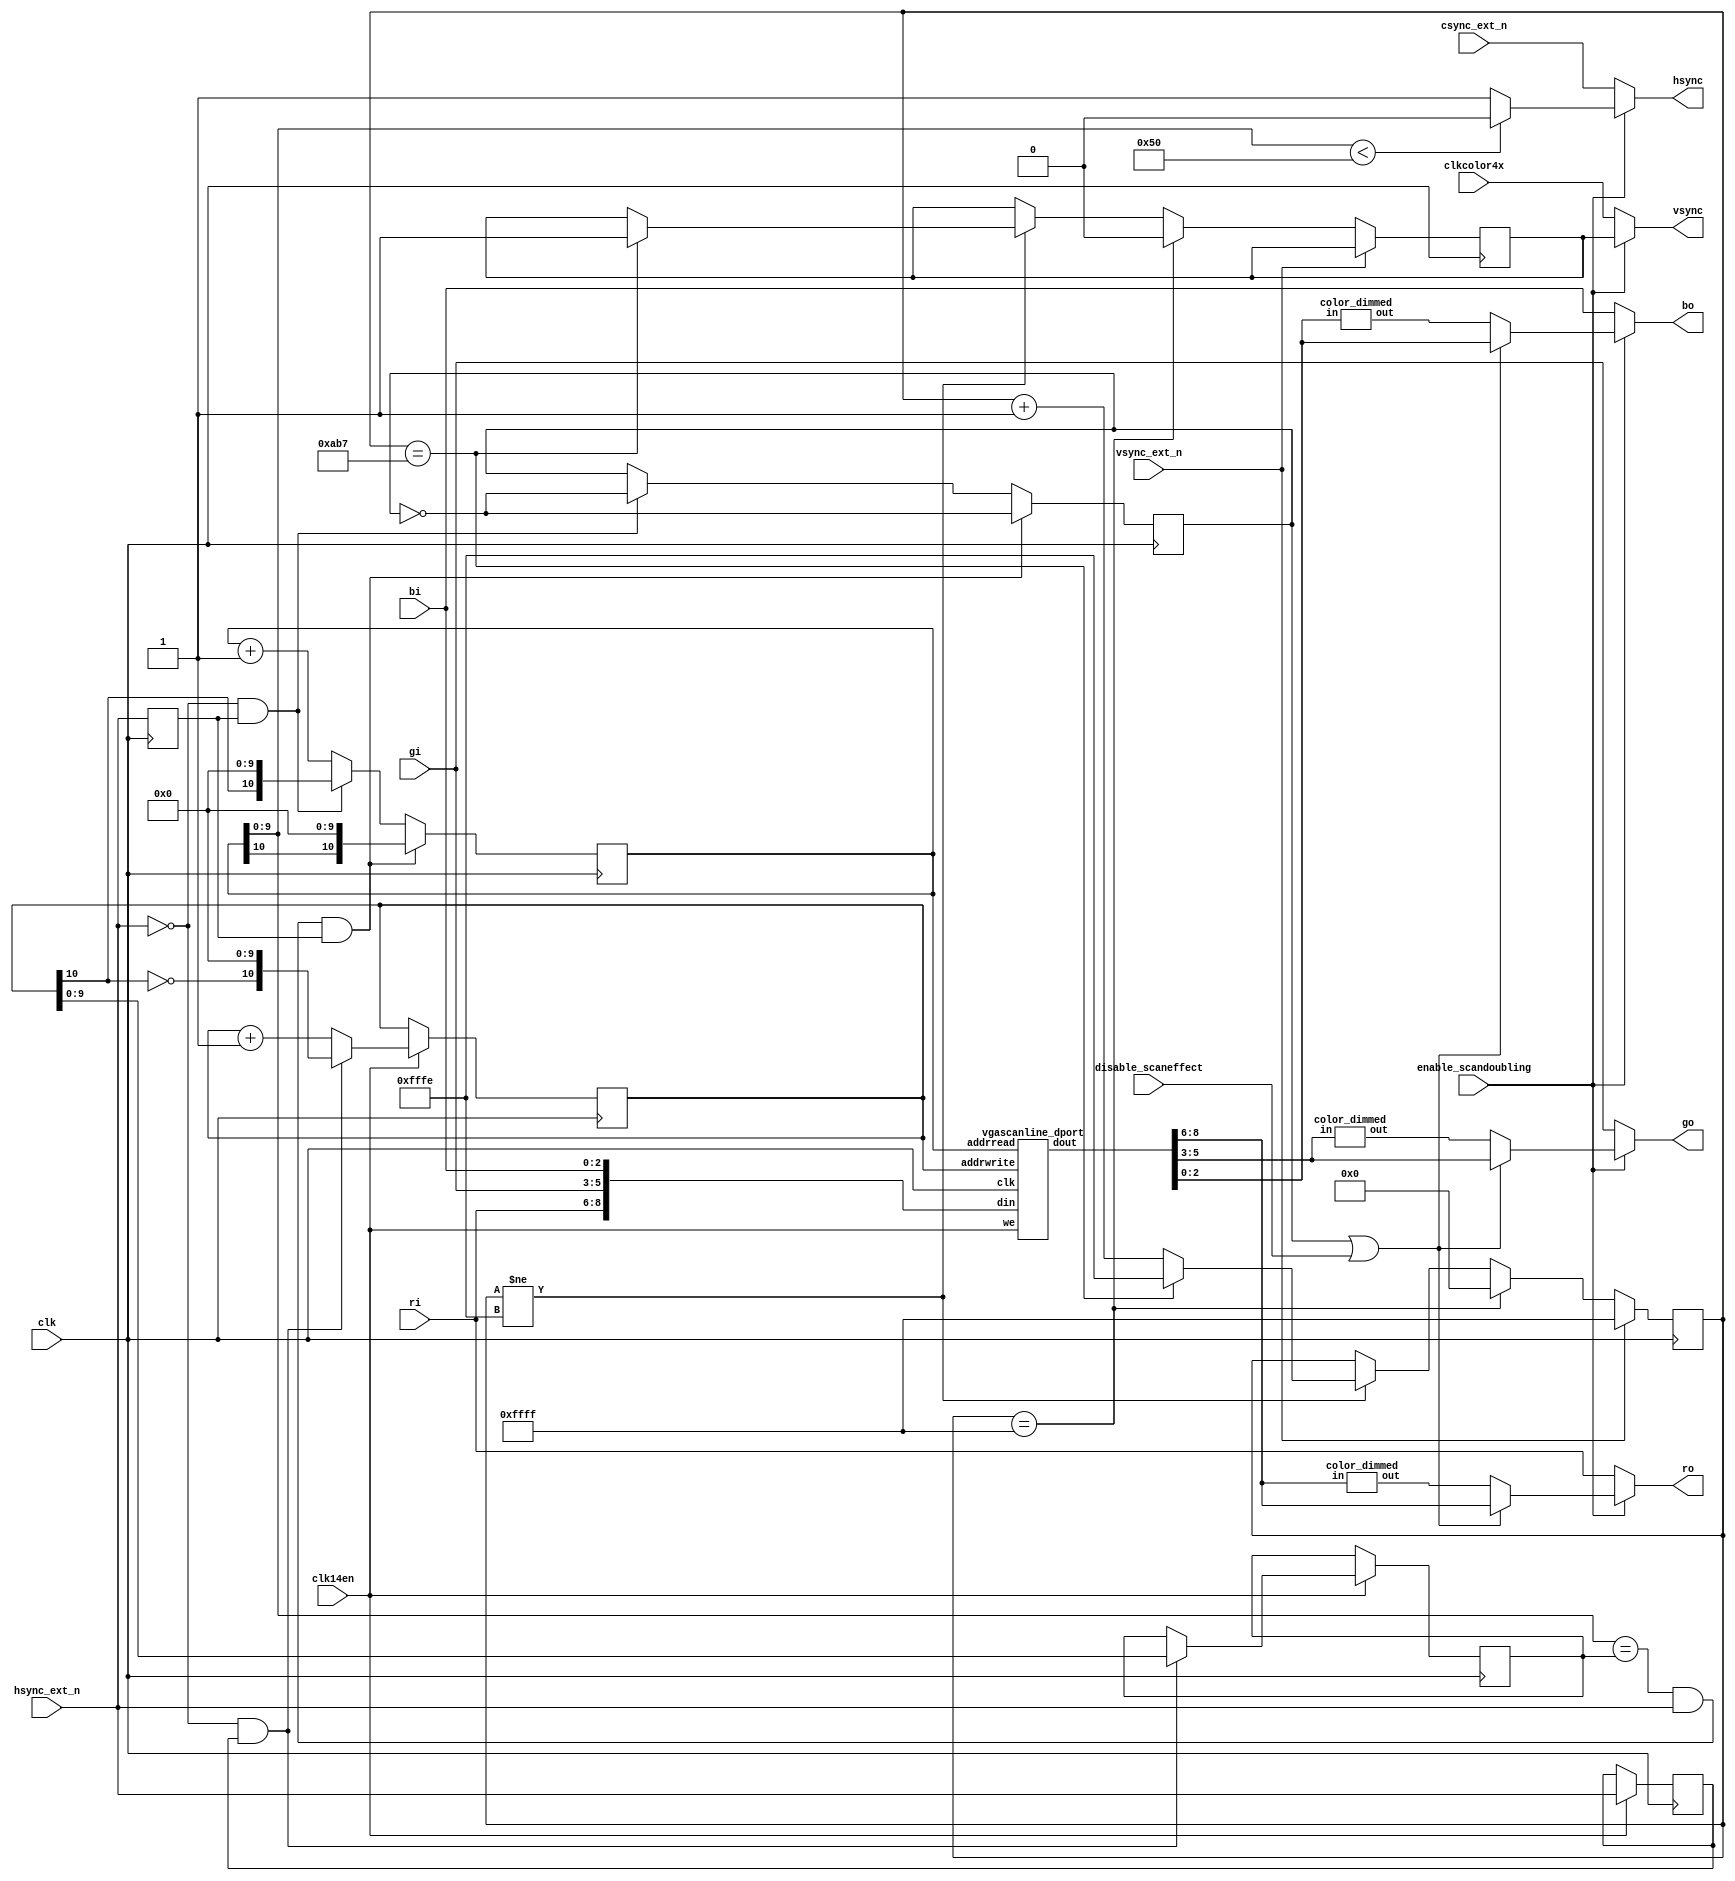
`timescale 1ns / 1ps
`default_nettype none

//    This file is part of the ZXUNO Spectrum core. 
//    Creation date is 17:57:54 2015-09-11 by Miguel Angel Rodriguez Jodar
//    (c)2014-2020 ZXUNO association.
//    ZXUNO official repository: http://svn.zxuno.com/svn/zxuno
//    Username: guest   Password: zxuno
//    Github repository for this core: https://github.com/mcleod-ideafix/zxuno_spectrum_core
//
//    ZXUNO Spectrum core is free software: you can redistribute it and/or modify
//    it under the terms of the GNU General Public License as published by
//    the Free Software Foundation, either version 3 of the License, or
//    (at your option) any later version.
//
//    ZXUNO Spectrum core is distributed in the hope that it will be useful,
//    but WITHOUT ANY WARRANTY; without even the implied warranty of
//    MERCHANTABILITY or FITNESS FOR A PARTICULAR PURPOSE.  See the
//    GNU General Public License for more details.
//
//    You should have received a copy of the GNU General Public License
//    along with the ZXUNO Spectrum core.  If not, see <https://www.gnu.org/licenses/>.
//
//    Any distributed copy of this file must keep this notice intact.

module vga_scandoubler (
  input wire clk,
  input wire clkcolor4x,
  input wire clk14en,
  input wire enable_scandoubling,
  input wire disable_scaneffect,  // 1 to disable scanlines
  input wire [2:0] ri,
  input wire [2:0] gi,
  input wire [2:0] bi,
  input wire hsync_ext_n,
  input wire vsync_ext_n,
  input wire csync_ext_n,
  output reg [2:0] ro,
  output reg [2:0] go,
  output reg [2:0] bo,
  output reg hsync,
  output reg vsync
  );
 
  parameter [31:0] CLKVIDEO = 12000;
 
  // http://www.epanorama.net/faq/vga2rgb/calc.html
  // SVGA 800x600
  // HSYNC = 3.36us  VSYNC = 114.32us
  
  parameter [63:0] HSYNC_COUNT = (CLKVIDEO * 3360 * 2)/1000000;
  parameter [63:0] VSYNC_COUNT = (CLKVIDEO * 114320 * 2)/1000000;
 
  reg [10:0] addrvideo = 11'd0, addrvga = 11'b00000000000;
  reg [9:0] totalhor = 10'd0;

  wire [2:0] rout, gout, bout;
  // Memoria de doble puerto que guarda la informacin de dos scans
  // Cada scan puede ser de hasta 1024 puntos, incluidos aqu los
  // puntos en negro que se pintan durante el HBlank

  vgascanline_dport memscan (
    .clk(clk),
    .addrwrite(addrvideo),
    .addrread(addrvga),
    .we(clk14en),
    .din({ri,gi,bi}),
    .dout({rout,gout,bout})
  );

  // Para generar scanlines:
  reg scaneffect = 1'b0;
  wire [2:0] rout_dimmed, gout_dimmed, bout_dimmed;
  color_dimmed apply_to_red   (rout, rout_dimmed);
  color_dimmed apply_to_green (gout, gout_dimmed);
  color_dimmed apply_to_blue  (bout, bout_dimmed);
  wire [2:0] ro_vga = (scaneffect | disable_scaneffect)? rout : rout_dimmed;
  wire [2:0] go_vga = (scaneffect | disable_scaneffect)? gout : gout_dimmed;
  wire [2:0] bo_vga = (scaneffect | disable_scaneffect)? bout : bout_dimmed;
  
  // Voy alternativamente escribiendo en una mitad o en otra del scan buffer
  // Cambio de mitad cada vez que encuentro un pulso de sincronismo horizontal
  // En "totalhor" mido el nmero de ciclos de reloj que hay en un scan
  reg hsync_ext_n_prev = 1'b1;
  always @(posedge clk) begin
    if (clk14en == 1'b1) begin
      hsync_ext_n_prev <= hsync_ext_n;
      if (hsync_ext_n == 1'b0 && hsync_ext_n_prev == 1'b1) begin
        totalhor <= addrvideo[9:0];
        addrvideo <= {~addrvideo[10],10'b0000000000};
      end
      else
        addrvideo <= addrvideo + 11'd1;
    end
  end
 
  // Recorro el scanbuffer al doble de velocidad, generando direcciones para
  // el scan buffer. Cada vez que el video original ha terminado una linea,
  // cambio de mitad de buffer. Cuando termino de recorrerlo pero an no
  // estoy en un retrazo horizontal, simplemente vuelvo a recorrer el scan buffer
  // desde el mismo origen
  // Cada vez que termino de recorrer el scan buffer basculo "scaneffect" que
  // uso despus para mostrar los pxeles a su brillo nominal, o con su brillo
  // reducido para un efecto chachi de scanlines en la VGA
 
  reg hsync_ext_n_prev2 = 1'b1;
  always @(posedge clk) begin
      hsync_ext_n_prev2 <= hsync_ext_n;
      if (addrvga[9:0] == totalhor && hsync_ext_n == 1'b1 && hsync_ext_n_prev2 == 1'b1) begin
         addrvga <= {addrvga[10], 10'b000000000};
         scaneffect <= ~scaneffect;
      end
      else if (hsync_ext_n == 1'b0 && hsync_ext_n_prev2 == 1'b1 /*&& addrvga[9] == 1'b0*/) begin
        addrvga <= {addrvideo[10],10'b000000000};
        scaneffect <= ~scaneffect;
      end
      else
        addrvga <= addrvga + 11'd1;
  end

  // El HSYNC de la VGA est bajo slo durante HSYNC_COUNT ciclos a partir del comienzo
  // del barrido de un scanline
  reg hsync_vga, vsync_vga;
    
  always @* begin
    if (addrvga[9:0] < HSYNC_COUNT[9:0])
       hsync_vga = 1'b0;
    else
       hsync_vga = 1'b1;
  end
 
  // El VSYNC de la VGA est bajo slo durante VSYNC_COUNT ciclos a partir del flanco de
  // bajada de la seal de sincronismo vertical original
  reg [15:0] cntvsync = 16'hFFFF;
  initial vsync_vga = 1'b1;
  always @(posedge clk) begin
      if (vsync_ext_n == 1'b0) begin
        if (cntvsync == 16'hFFFF) begin
          cntvsync <= 16'd0;
          vsync_vga <= 1'b0;
        end
        else if (cntvsync != 16'hFFFE) begin
          if (cntvsync == VSYNC_COUNT[15:0]) begin
            vsync_vga <= 1'b1;
            cntvsync <= 16'hFFFE;
          end
          else
            cntvsync <= cntvsync + 16'd1;
        end
      end
      else if (vsync_ext_n == 1'b1)
        cntvsync <= 16'hFFFF;
  end

  always @* begin
    if (enable_scandoubling == 1'b0) begin // 15kHz output
      ro = {ri,ri};
      go = {gi,gi};
      bo = {bi,bi};
      hsync = csync_ext_n;
      vsync = clkcolor4x;
    end
    else begin  // VGA output
      ro = ro_vga;
      go = go_vga;
      bo = bo_vga;
      hsync = hsync_vga;
      vsync = vsync_vga;
    end
  end
    
endmodule

// Una memoria de doble puerto: uno para leer, y otro para
// escribir. Es de 2048 direcciones: 1024 se emplean para
// guardar un scan, y otros 1024 para el siguiente scan
module vgascanline_dport (
 input wire clk,
 input wire [10:0] addrwrite,
 input wire [10:0] addrread,
 input wire we,
 input wire [8:0] din,
 output reg [8:0] dout
 );
 
 reg [8:0] scan[0:2047]; // two scanlines
 always @(posedge clk) begin
  dout <= scan[addrread];
  if (we == 1'b1)
   scan[addrwrite] <= din;
 end
endmodule

module color_dimmed (
    input wire [2:0] in,
    output reg [2:0] out // out is scaled to roughly 70% of in
    );
    
    always @* begin  // a LUT
        case (in)  
            3'd0 : out = 3'd0;
            3'd1 : out = 3'd1;
            3'd2 : out = 3'd1;
            3'd3 : out = 3'd2;
            3'd4 : out = 3'd3;
            3'd5 : out = 3'd3;
            3'd6 : out = 3'd4;
            3'd7 : out = 3'd5;
            default: out = 3'd0;
        endcase
    end
endmodule